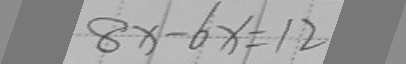
8 x - 6 x = 1 2